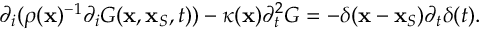
{ \partial _ { i } } ( \rho ( { \bf x } ) ^ { - 1 } { \partial _ { i } } G ( { \bf x } , { \bf x } _ { S } , t ) ) - \kappa ( { \bf x } ) \partial _ { t } ^ { 2 } G = - \delta ( { \bf x } - { \bf x } _ { S } ) { \partial _ { t } } \delta ( t ) .